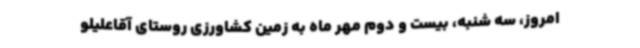
امروز، سه شنبه، بیست و دوم مهر ماه به زمین کشاورزی روستای آقاعلیلو